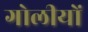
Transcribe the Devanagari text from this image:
गोलीयों